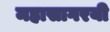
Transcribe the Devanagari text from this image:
महासागरयी